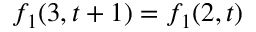
f _ { 1 } ( 3 , t + 1 ) = f _ { 1 } ( 2 , t )